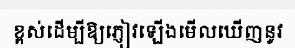
ខ្ពស់ដើម្បីឱ្យភ្ញៀវឡើងមើលឃើញនូវ